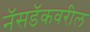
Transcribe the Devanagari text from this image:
नॅसडॅकवरील